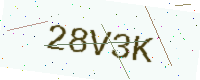
Text: 28V3K